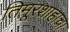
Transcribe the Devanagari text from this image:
तिमूरशाहाचा